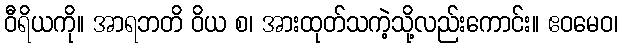
ဝီရိယကို။ အာရဘတိ ဝိယ စ၊ အားထုတ်သကဲ့သို့လည်းကောင်း။ ဧဝမေဝ၊